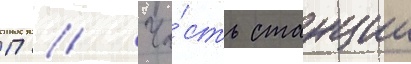
П // Ча́сть станции